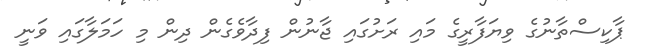
ޕާކިސްތާނުގެ ވިޔަފާރީގެ މައި ރަށުގައި ޖާނުން ފިދާވެގެން ދިން މި ހަމަލާގައި ވަނީ